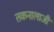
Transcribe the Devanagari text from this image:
तकनालाजी